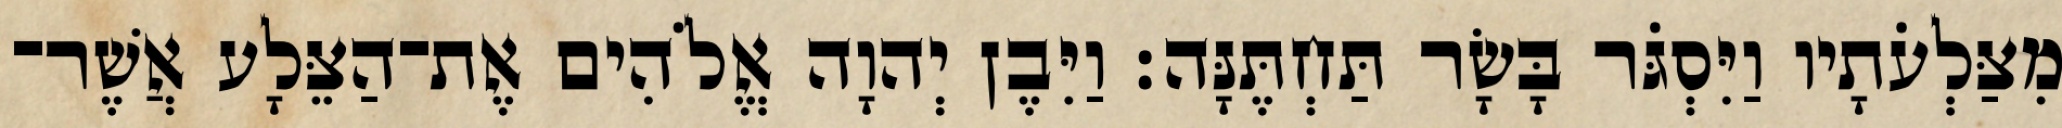
מִצַּלְעֹתָיו וַיִּסְגֹּר בָּשָׂר תַּחְתֶּנָּה׃ וַיִּבֶן יְהוָה אֱלֹהִים אֶת־הַצֵּלָע אֲשֶׁר־